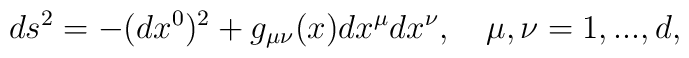
ds^2=-(dx^0)^2+g_{\mu\nu}(x)dx^\mu dx^\nu, \quad \mu,\nu=1,...,d,